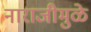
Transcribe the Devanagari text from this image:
नाराजीमुळे